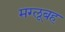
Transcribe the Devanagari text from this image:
मग्लूबह